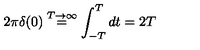
2 \pi \delta ( 0 ) \stackrel { T \rightarrow \infty } { = } \int _ { - T } ^ { T } d t = 2 T